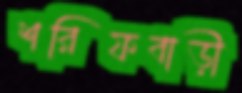
শরিফবাড়ী